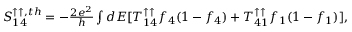
\begin{array} { r } { { S _ { 1 4 } ^ { \uparrow \uparrow , t h } } = - \frac { 2 e ^ { 2 } } { h } \int d E [ T _ { 1 4 } ^ { \uparrow \uparrow } f _ { 4 } ( 1 - f _ { 4 } ) + T _ { 4 1 } ^ { \uparrow \uparrow } f _ { 1 } ( 1 - f _ { 1 } ) ] , } \end{array}